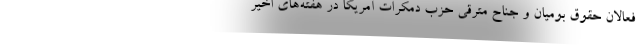
فعالان حقوق بومیان و جناح مترقی حزب دمکرات آمریکا در هفته‌های اخیر